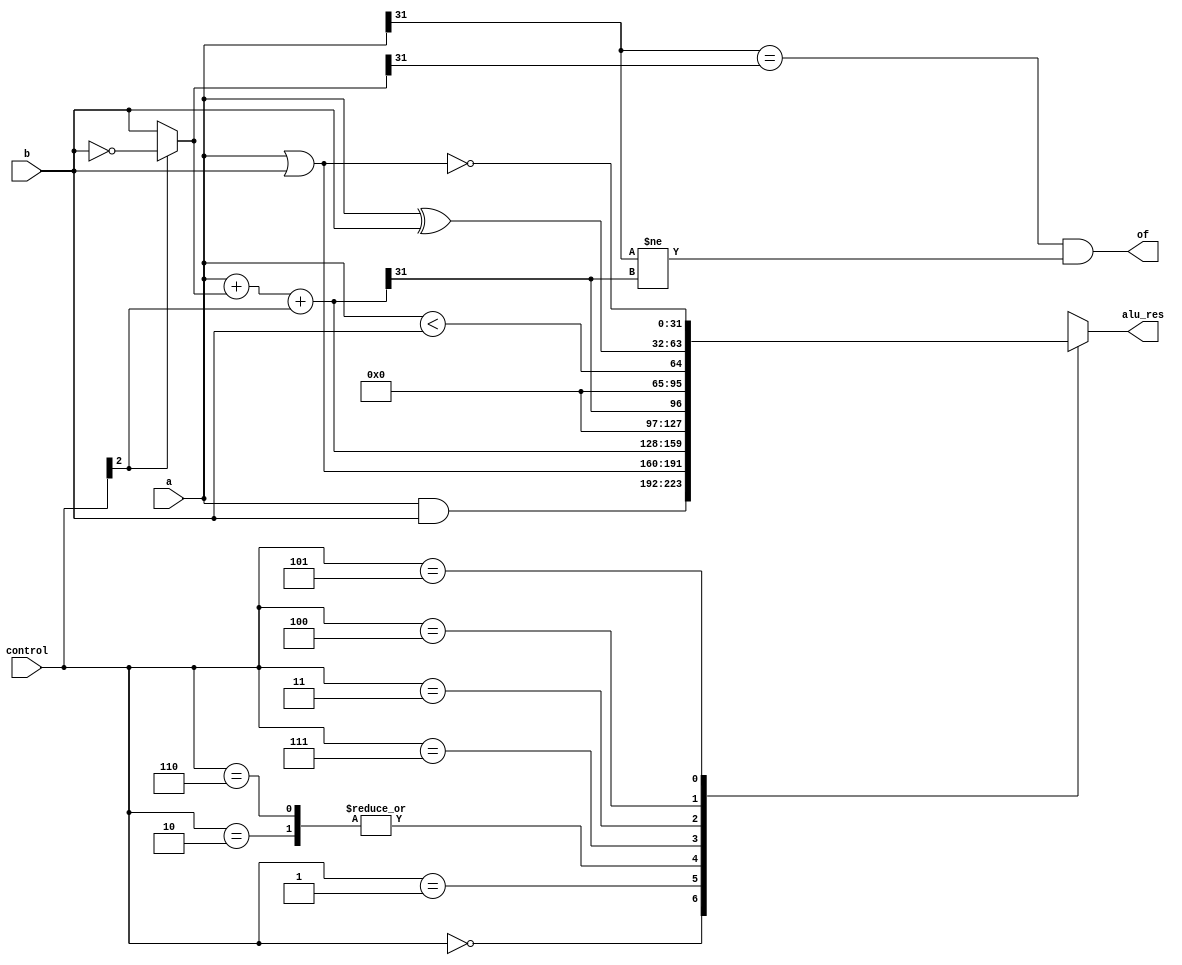
`timescale 1 ns / 1 ps
module alu(input      [31:0] a, b, 
           input      [2:0]  control, 
           output reg [31:0] alu_res,
           output            of);
           
  wire [31:0] b2, sum, aorb;
  wire sltSigned, sltUnsigned;

  assign  b2 = control[2] ? ~b:b; 
  assign  sum = a + b2 + control[2];
  assign  sltSigned = sum[31];
  
  assign  sltUnsigned = a < b;
  assign  aorb = a | b;

  assign  of = (a[31] == b2[31] & a[31] != sum[31]);

  
  always@( * )
    case(control[2:0])
      3'b000: alu_res <=  a & b;      // and
      3'b001: alu_res <=  aorb;       // or
      3'b010: alu_res <=  sum;        // add
      3'b110: alu_res <=  sum;        // sub
      3'b111: alu_res <=  sltSigned;  // slt signed
      3'b011: alu_res <=  sltUnsigned;// slt unsigned
      3'b100: alu_res <=  a ^ b;      // xor
      3'b101: alu_res <=  ~aorb;      // nor
    endcase
endmodule